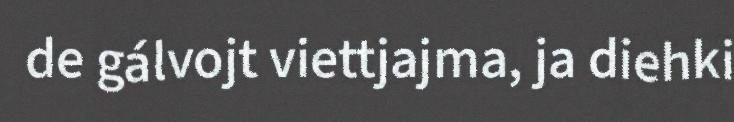
de gálvojt viettjajma, ja diehki